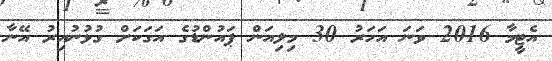
އެޓީމާ 2016 ވަނަ އަހަރު 30 މިލިއަން ޕައުންޑުގެ އަގަކަށް ގުޅުނުއިރު އޭނާ